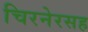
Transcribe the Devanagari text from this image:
चिरनेरसह